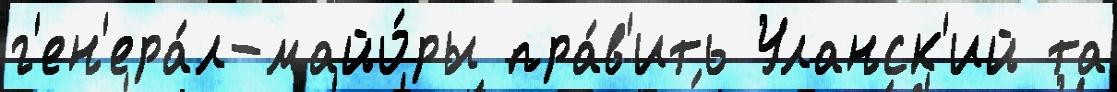
г'ен'ера́л-майо́ры пра́в'ить Уланск'ий та